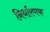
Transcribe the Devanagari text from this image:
निर्धारणक